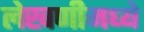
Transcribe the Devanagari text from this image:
लेखणीमध्ये